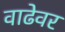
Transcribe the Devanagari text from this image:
वाढेवर